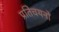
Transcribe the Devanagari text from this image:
प्रतिचयनों